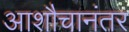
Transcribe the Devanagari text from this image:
आशौचानंतर